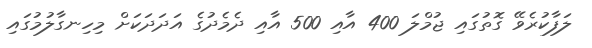
ލަފާކުރެވޭ ގޮތުގައި ޖުމްލަ 400 އާއި 500 އާއި ދެމެދުގެ އަދަދަކަށް މިހިނގާލުމުގައި